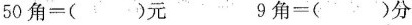
50角=()元 9角=()分